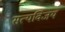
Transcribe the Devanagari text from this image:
सत्यविजय